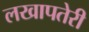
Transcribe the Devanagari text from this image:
लखापतेरी